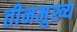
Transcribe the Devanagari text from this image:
तीनमुख्य